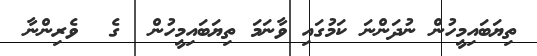
ތިޔަބައިމީހުން ނުދަންނަ ކަމުގައި ވާނަމަ ތިޔަބައިމީހުން  ގެ  ވެރިންނާ